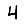
Digit: 4